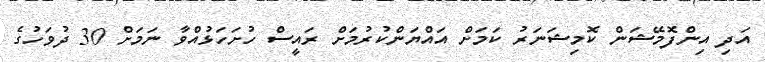
އަދި އިންފޮމޭޝަން ކޮމިޝަނަރު ކަމަށް އައްޔަންކުރުމަށް ރައީސް ހުށަހަޅުއްވާ ނަމަށް 30 ދުވަހުގެ